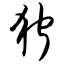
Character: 狞